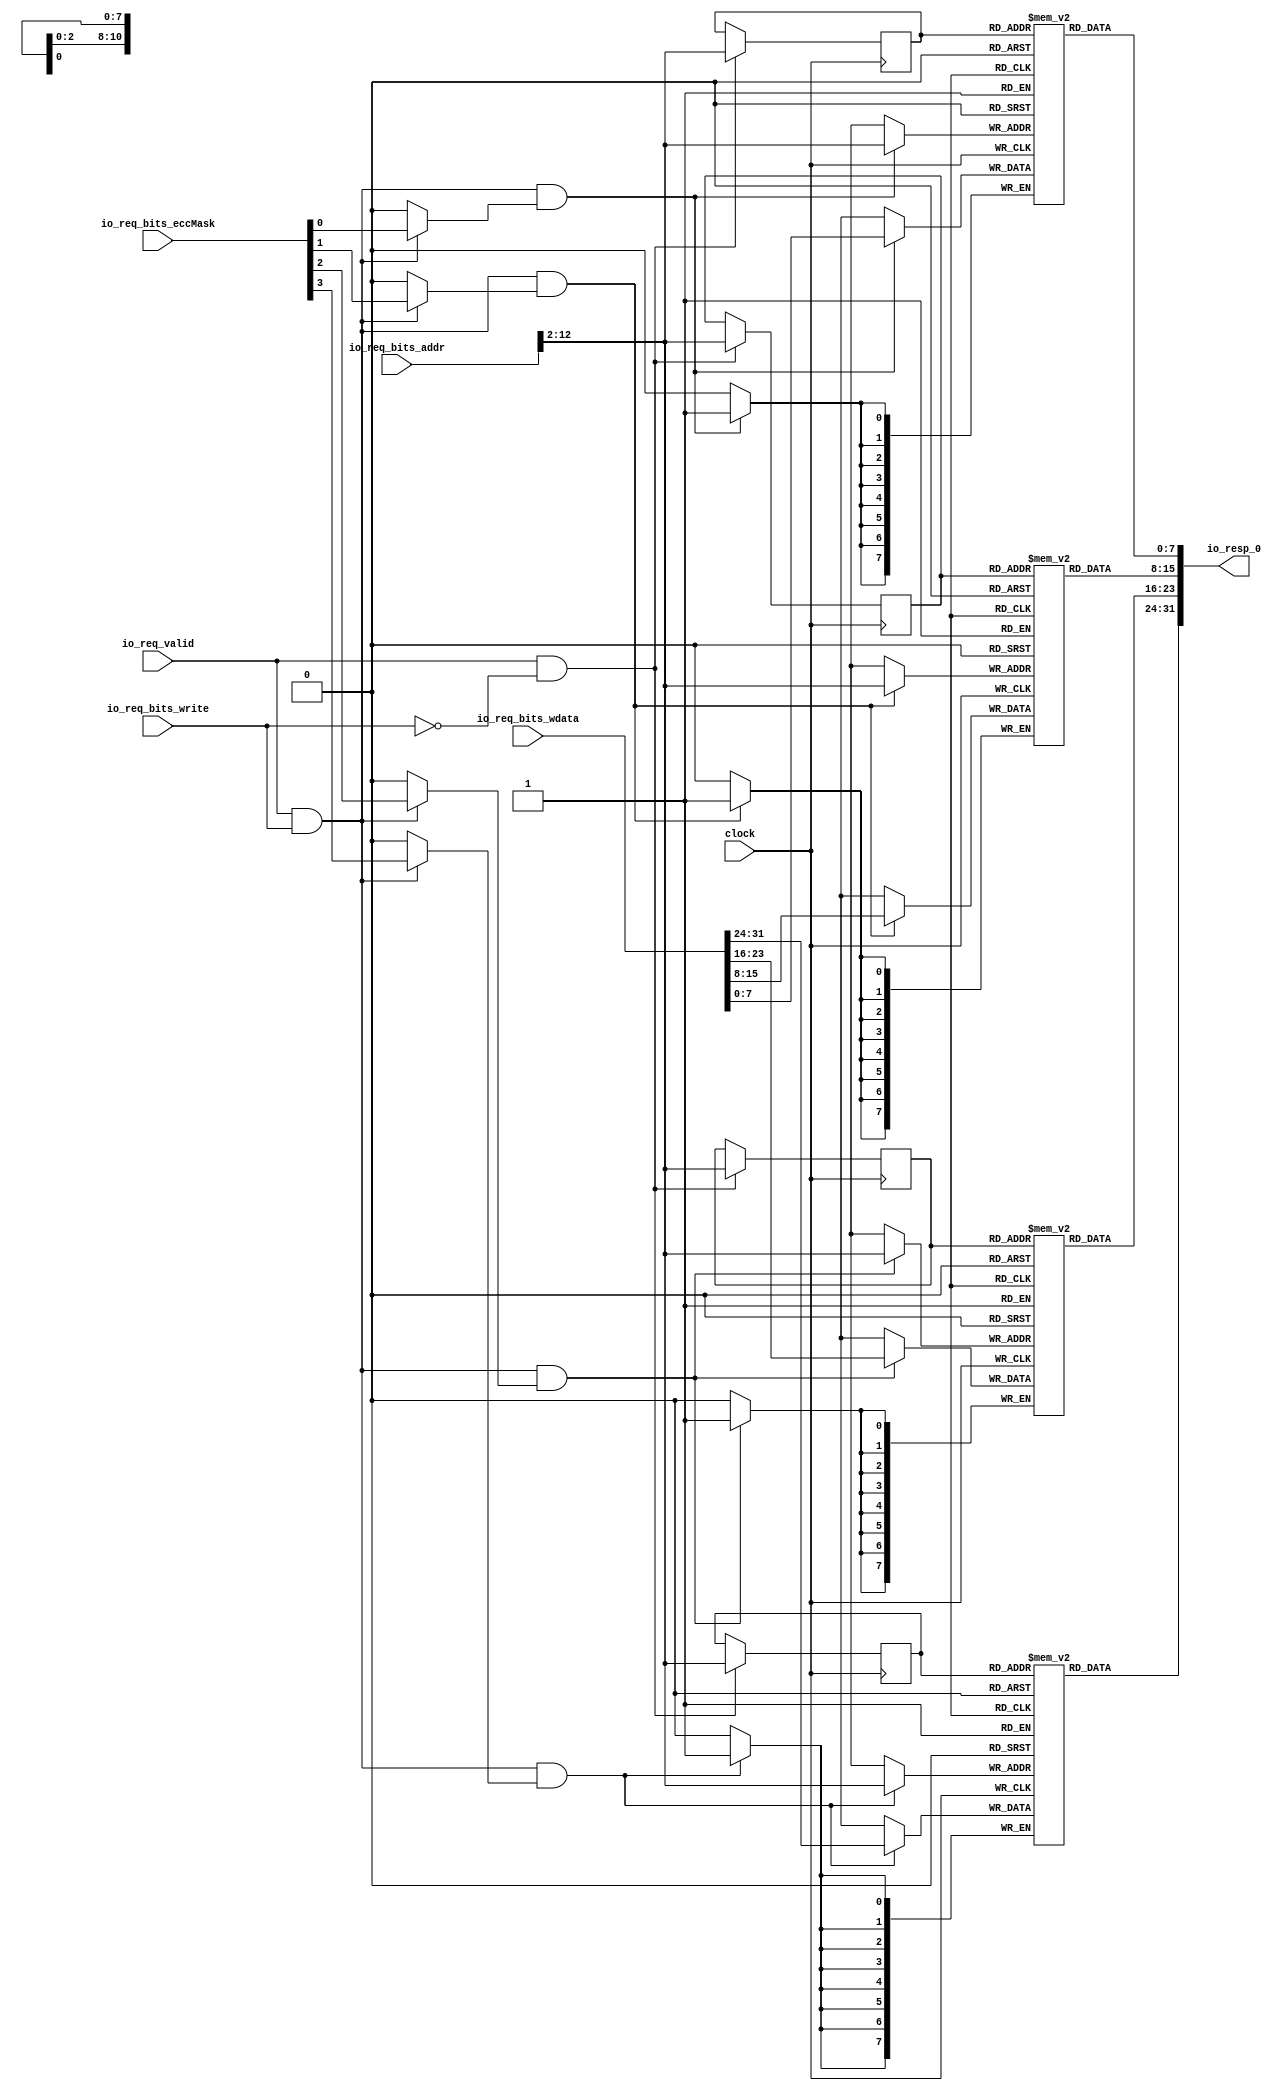
// Copyright (c) 2017, Microsemi Corporation
// All rights reserved.
//
// Redistribution and use in source and binary forms, with or without
// modification, are permitted provided that the following conditions are met:
//     * Redistributions of source code must retain the above copyright
//       notice, this list of conditions and the following disclaimer.
//     * Redistributions in binary form must reproduce the above copyright
//       notice, this list of conditions and the following disclaimer in the
//       documentation and/or other materials provided with the distribution.
//     * Neither the name of the <organization> nor the
//       names of its contributors may be used to endorse or promote products
//       derived from this software without specific prior written permission.
//
// THIS SOFTWARE IS PROVIDED BY THE COPYRIGHT HOLDERS AND CONTRIBUTORS "AS IS" AND
// ANY EXPRESS OR IMPLIED WARRANTIES, INCLUDING, BUT NOT LIMITED TO, THE IMPLIED
// WARRANTIES OF MERCHANTABILITY AND FITNESS FOR A PARTICULAR PURPOSE ARE
// DISCLAIMED. IN NO EVENT SHALL MICROSEMI CORPORATIONM BE LIABLE FOR ANY
// DIRECT, INDIRECT, INCIDENTAL, SPECIAL, EXEMPLARY, OR CONSEQUENTIAL DAMAGES
// (INCLUDING, BUT NOT LIMITED TO, PROCUREMENT OF SUBSTITUTE GOODS OR SERVICES;
// LOSS OF USE, DATA, OR PROFITS; OR BUSINESS INTERRUPTION) HOWEVER CAUSED AND
// ON ANY THEORY OF LIABILITY, WHETHER IN CONTRACT, STRICT LIABILITY, OR TORT
// (INCLUDING NEGLIGENCE OR OTHERWISE) ARISING IN ANY WAY OUT OF THE USE OF THIS
// SOFTWARE, EVEN IF ADVISED OF THE POSSIBILITY OF SUCH DAMAGE.
//
// APACHE LICENSE
// Copyright (c) 2017, Microsemi Corporation 
//
// Licensed under the Apache License, Version 2.0 (the "License");
// you may not use this file except in compliance with the License.
// You may obtain a copy of the License at
//
//    http://www.apache.org/licenses/LICENSE-2.0
//
// Unless required by applicable law or agreed to in writing, software
// distributed under the License is distributed on an "AS IS" BASIS,
// WITHOUT WARRANTIES OR CONDITIONS OF ANY KIND, either express or implied.
// See the License for the specific language governing permissions and
// limitations under the License.
//
// Description:
//
// SVN Revision Information:
// SVN $Revision: $
// SVN $Date: $
//
// Resolved SARs
// SAR      Date     Who   Description
//
// Notes:
//
// ****************************************************************************/
`define RANDOMIZE
`timescale 1ns/10ps
module PROC_SUBSYSTEM_MIV_RV32IMA_L1_AHB_1_MIV_RV32IMA_L1_AHB_D_CACHE_DATA_ARRAY(
  input         clock,
  input         io_req_valid,
  input  [12:0] io_req_bits_addr,
  input         io_req_bits_write,
  input  [31:0] io_req_bits_wdata,
  input  [3:0]  io_req_bits_eccMask,
  output [31:0] io_resp_0
);
  wire  eccMask_0;
  wire  eccMask_1;
  wire  eccMask_2;
  wire  eccMask_3;
  wire [10:0] addr;
  reg [7:0] data_arrays_0_0 [0:2047];
  reg [31:0] _RAND_0;
  wire [7:0] data_arrays_0_0__T_62_data;
  wire [10:0] data_arrays_0_0__T_62_addr;
  wire [7:0] data_arrays_0_0__T_42_data;
  wire [10:0] data_arrays_0_0__T_42_addr;
  wire  data_arrays_0_0__T_42_mask;
  wire  data_arrays_0_0__T_42_en;
  wire  _GEN_23;
  reg [10:0] data_arrays_0_0__T_62_addr_pipe_0;
  reg [31:0] _RAND_1;
  reg [7:0] data_arrays_0_1 [0:2047];
  reg [31:0] _RAND_2;
  wire [7:0] data_arrays_0_1__T_62_data;
  wire [10:0] data_arrays_0_1__T_62_addr;
  wire [7:0] data_arrays_0_1__T_42_data;
  wire [10:0] data_arrays_0_1__T_42_addr;
  wire  data_arrays_0_1__T_42_mask;
  wire  data_arrays_0_1__T_42_en;
  reg [10:0] data_arrays_0_1__T_62_addr_pipe_0;
  reg [31:0] _RAND_3;
  reg [7:0] data_arrays_0_2 [0:2047];
  reg [31:0] _RAND_4;
  wire [7:0] data_arrays_0_2__T_62_data;
  wire [10:0] data_arrays_0_2__T_62_addr;
  wire [7:0] data_arrays_0_2__T_42_data;
  wire [10:0] data_arrays_0_2__T_42_addr;
  wire  data_arrays_0_2__T_42_mask;
  wire  data_arrays_0_2__T_42_en;
  reg [10:0] data_arrays_0_2__T_62_addr_pipe_0;
  reg [31:0] _RAND_5;
  reg [7:0] data_arrays_0_3 [0:2047];
  reg [31:0] _RAND_6;
  wire [7:0] data_arrays_0_3__T_62_data;
  wire [10:0] data_arrays_0_3__T_62_addr;
  wire [7:0] data_arrays_0_3__T_42_data;
  wire [10:0] data_arrays_0_3__T_42_addr;
  wire  data_arrays_0_3__T_42_mask;
  wire  data_arrays_0_3__T_42_en;
  reg [10:0] data_arrays_0_3__T_62_addr_pipe_0;
  reg [31:0] _RAND_7;
  wire  _T_28;
  wire [7:0] _T_29;
  wire [7:0] _T_30;
  wire [7:0] _T_31;
  wire [7:0] _T_32;
  wire  _GEN_12;
  wire  _GEN_14;
  wire  _GEN_16;
  wire  _GEN_18;
  wire  _T_55;
  wire  _T_56;
  wire [15:0] _T_74;
  wire [15:0] _T_75;
  wire [31:0] rdata_0_0;
  assign io_resp_0 = rdata_0_0;
  assign eccMask_0 = io_req_bits_eccMask[0];
  assign eccMask_1 = io_req_bits_eccMask[1];
  assign eccMask_2 = io_req_bits_eccMask[2];
  assign eccMask_3 = io_req_bits_eccMask[3];
  assign addr = io_req_bits_addr[12:2];
  assign data_arrays_0_0__T_62_addr = data_arrays_0_0__T_62_addr_pipe_0;
  assign data_arrays_0_0__T_62_data = data_arrays_0_0[data_arrays_0_0__T_62_addr];
  assign data_arrays_0_0__T_42_data = _T_29;
  assign data_arrays_0_0__T_42_addr = addr;
  assign data_arrays_0_0__T_42_mask = _GEN_12;
  assign data_arrays_0_0__T_42_en = _T_28;
  assign _GEN_23 = _T_56;
  assign data_arrays_0_1__T_62_addr = data_arrays_0_1__T_62_addr_pipe_0;
  assign data_arrays_0_1__T_62_data = data_arrays_0_1[data_arrays_0_1__T_62_addr];
  assign data_arrays_0_1__T_42_data = _T_30;
  assign data_arrays_0_1__T_42_addr = addr;
  assign data_arrays_0_1__T_42_mask = _GEN_14;
  assign data_arrays_0_1__T_42_en = _T_28;
  assign data_arrays_0_2__T_62_addr = data_arrays_0_2__T_62_addr_pipe_0;
  assign data_arrays_0_2__T_62_data = data_arrays_0_2[data_arrays_0_2__T_62_addr];
  assign data_arrays_0_2__T_42_data = _T_31;
  assign data_arrays_0_2__T_42_addr = addr;
  assign data_arrays_0_2__T_42_mask = _GEN_16;
  assign data_arrays_0_2__T_42_en = _T_28;
  assign data_arrays_0_3__T_62_addr = data_arrays_0_3__T_62_addr_pipe_0;
  assign data_arrays_0_3__T_62_data = data_arrays_0_3[data_arrays_0_3__T_62_addr];
  assign data_arrays_0_3__T_42_data = _T_32;
  assign data_arrays_0_3__T_42_addr = addr;
  assign data_arrays_0_3__T_42_mask = _GEN_18;
  assign data_arrays_0_3__T_42_en = _T_28;
  assign _T_28 = io_req_valid & io_req_bits_write;
  assign _T_29 = io_req_bits_wdata[7:0];
  assign _T_30 = io_req_bits_wdata[15:8];
  assign _T_31 = io_req_bits_wdata[23:16];
  assign _T_32 = io_req_bits_wdata[31:24];
  assign _GEN_12 = _T_28 ? eccMask_0 : 1'h0;
  assign _GEN_14 = _T_28 ? eccMask_1 : 1'h0;
  assign _GEN_16 = _T_28 ? eccMask_2 : 1'h0;
  assign _GEN_18 = _T_28 ? eccMask_3 : 1'h0;
  assign _T_55 = io_req_bits_write == 1'h0;
  assign _T_56 = io_req_valid & _T_55;
  assign _T_74 = {data_arrays_0_1__T_62_data,data_arrays_0_0__T_62_data};
  assign _T_75 = {data_arrays_0_3__T_62_data,data_arrays_0_2__T_62_data};
  assign rdata_0_0 = {_T_75,_T_74};
`ifdef RANDOMIZE
  integer initvar;
  initial begin
    `ifndef verilator
      #0.002 begin end
    `endif
  _RAND_0 = {1{$random}};
  `ifdef RANDOMIZE_MEM_INIT
  for (initvar = 0; initvar < 2048; initvar = initvar+1)
    data_arrays_0_0[initvar] = _RAND_0[7:0];
  `endif // RANDOMIZE_MEM_INIT
  `ifdef RANDOMIZE_REG_INIT
  _RAND_1 = {1{$random}};
  data_arrays_0_0__T_62_addr_pipe_0 = _RAND_1[10:0];
  `endif // RANDOMIZE_REG_INIT
  _RAND_2 = {1{$random}};
  `ifdef RANDOMIZE_MEM_INIT
  for (initvar = 0; initvar < 2048; initvar = initvar+1)
    data_arrays_0_1[initvar] = _RAND_2[7:0];
  `endif // RANDOMIZE_MEM_INIT
  `ifdef RANDOMIZE_REG_INIT
  _RAND_3 = {1{$random}};
  data_arrays_0_1__T_62_addr_pipe_0 = _RAND_3[10:0];
  `endif // RANDOMIZE_REG_INIT
  _RAND_4 = {1{$random}};
  `ifdef RANDOMIZE_MEM_INIT
  for (initvar = 0; initvar < 2048; initvar = initvar+1)
    data_arrays_0_2[initvar] = _RAND_4[7:0];
  `endif // RANDOMIZE_MEM_INIT
  `ifdef RANDOMIZE_REG_INIT
  _RAND_5 = {1{$random}};
  data_arrays_0_2__T_62_addr_pipe_0 = _RAND_5[10:0];
  `endif // RANDOMIZE_REG_INIT
  _RAND_6 = {1{$random}};
  `ifdef RANDOMIZE_MEM_INIT
  for (initvar = 0; initvar < 2048; initvar = initvar+1)
    data_arrays_0_3[initvar] = _RAND_6[7:0];
  `endif // RANDOMIZE_MEM_INIT
  `ifdef RANDOMIZE_REG_INIT
  _RAND_7 = {1{$random}};
  data_arrays_0_3__T_62_addr_pipe_0 = _RAND_7[10:0];
  `endif // RANDOMIZE_REG_INIT
  end
`endif // RANDOMIZE
  always @(posedge clock) begin
    if(data_arrays_0_0__T_42_en & data_arrays_0_0__T_42_mask) begin
      data_arrays_0_0[data_arrays_0_0__T_42_addr] <= data_arrays_0_0__T_42_data;
    end
    if (_GEN_23) begin
      data_arrays_0_0__T_62_addr_pipe_0 <= addr;
    end
    if(data_arrays_0_1__T_42_en & data_arrays_0_1__T_42_mask) begin
      data_arrays_0_1[data_arrays_0_1__T_42_addr] <= data_arrays_0_1__T_42_data;
    end
    if (_GEN_23) begin
      data_arrays_0_1__T_62_addr_pipe_0 <= addr;
    end
    if(data_arrays_0_2__T_42_en & data_arrays_0_2__T_42_mask) begin
      data_arrays_0_2[data_arrays_0_2__T_42_addr] <= data_arrays_0_2__T_42_data;
    end
    if (_GEN_23) begin
      data_arrays_0_2__T_62_addr_pipe_0 <= addr;
    end
    if(data_arrays_0_3__T_42_en & data_arrays_0_3__T_42_mask) begin
      data_arrays_0_3[data_arrays_0_3__T_42_addr] <= data_arrays_0_3__T_42_data;
    end
    if (_GEN_23) begin
      data_arrays_0_3__T_62_addr_pipe_0 <= addr;
    end
  end
endmodule